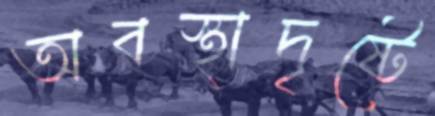
অবস্থাদৃষ্টে